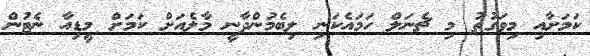
ކަމަށާއި މިވަގުތު މި ޗެނަލް ހަމައެކަނި ލިބެމުންދާނީ މާލެއަށް ކަމަށް މީޑިއާ ނެޓުން